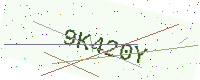
Text: 9K420Y